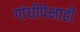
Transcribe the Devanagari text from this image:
गांधीपेक्षाही